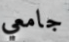
جامعي